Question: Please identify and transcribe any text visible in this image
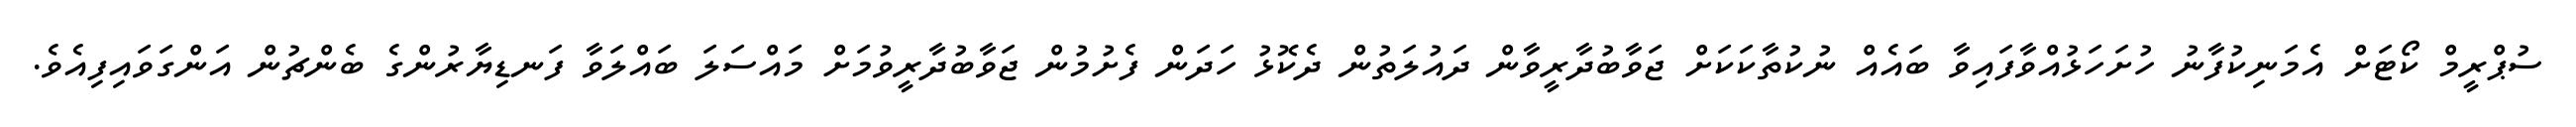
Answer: ސުޕްރީމް ކޯޓަށް އެމަނިކުފާނު ހުށަހަޅުއްވާފައިވާ ބައެއް ނުކުތާކަކަށް ޖަވާބުދާރީވާން ދައުލަތުން ދެކޮޅު ހަދަން ފެށުމުން ޖަވާބުދާރީވުމަށް މައްސަލަ ބައްލަވާ ފަނޑިޔާރުންގެ ބެންޗުން އަންގަވައިފިއެވެ.